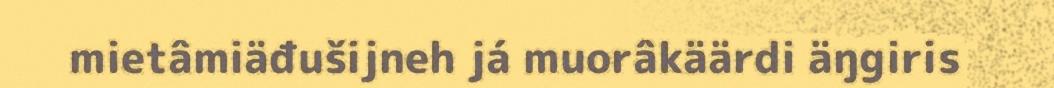
mietâmiäđušijneh já muorâkäärdi äŋgiris